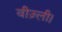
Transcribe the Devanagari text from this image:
वीज़्ली।